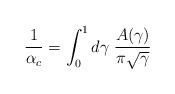
LaTeX: \begin{align*} {1\over\alpha_c}=\int_0^1 d\gamma \; {A(\gamma)\over\pi\sqrt\gamma}\end{align*}